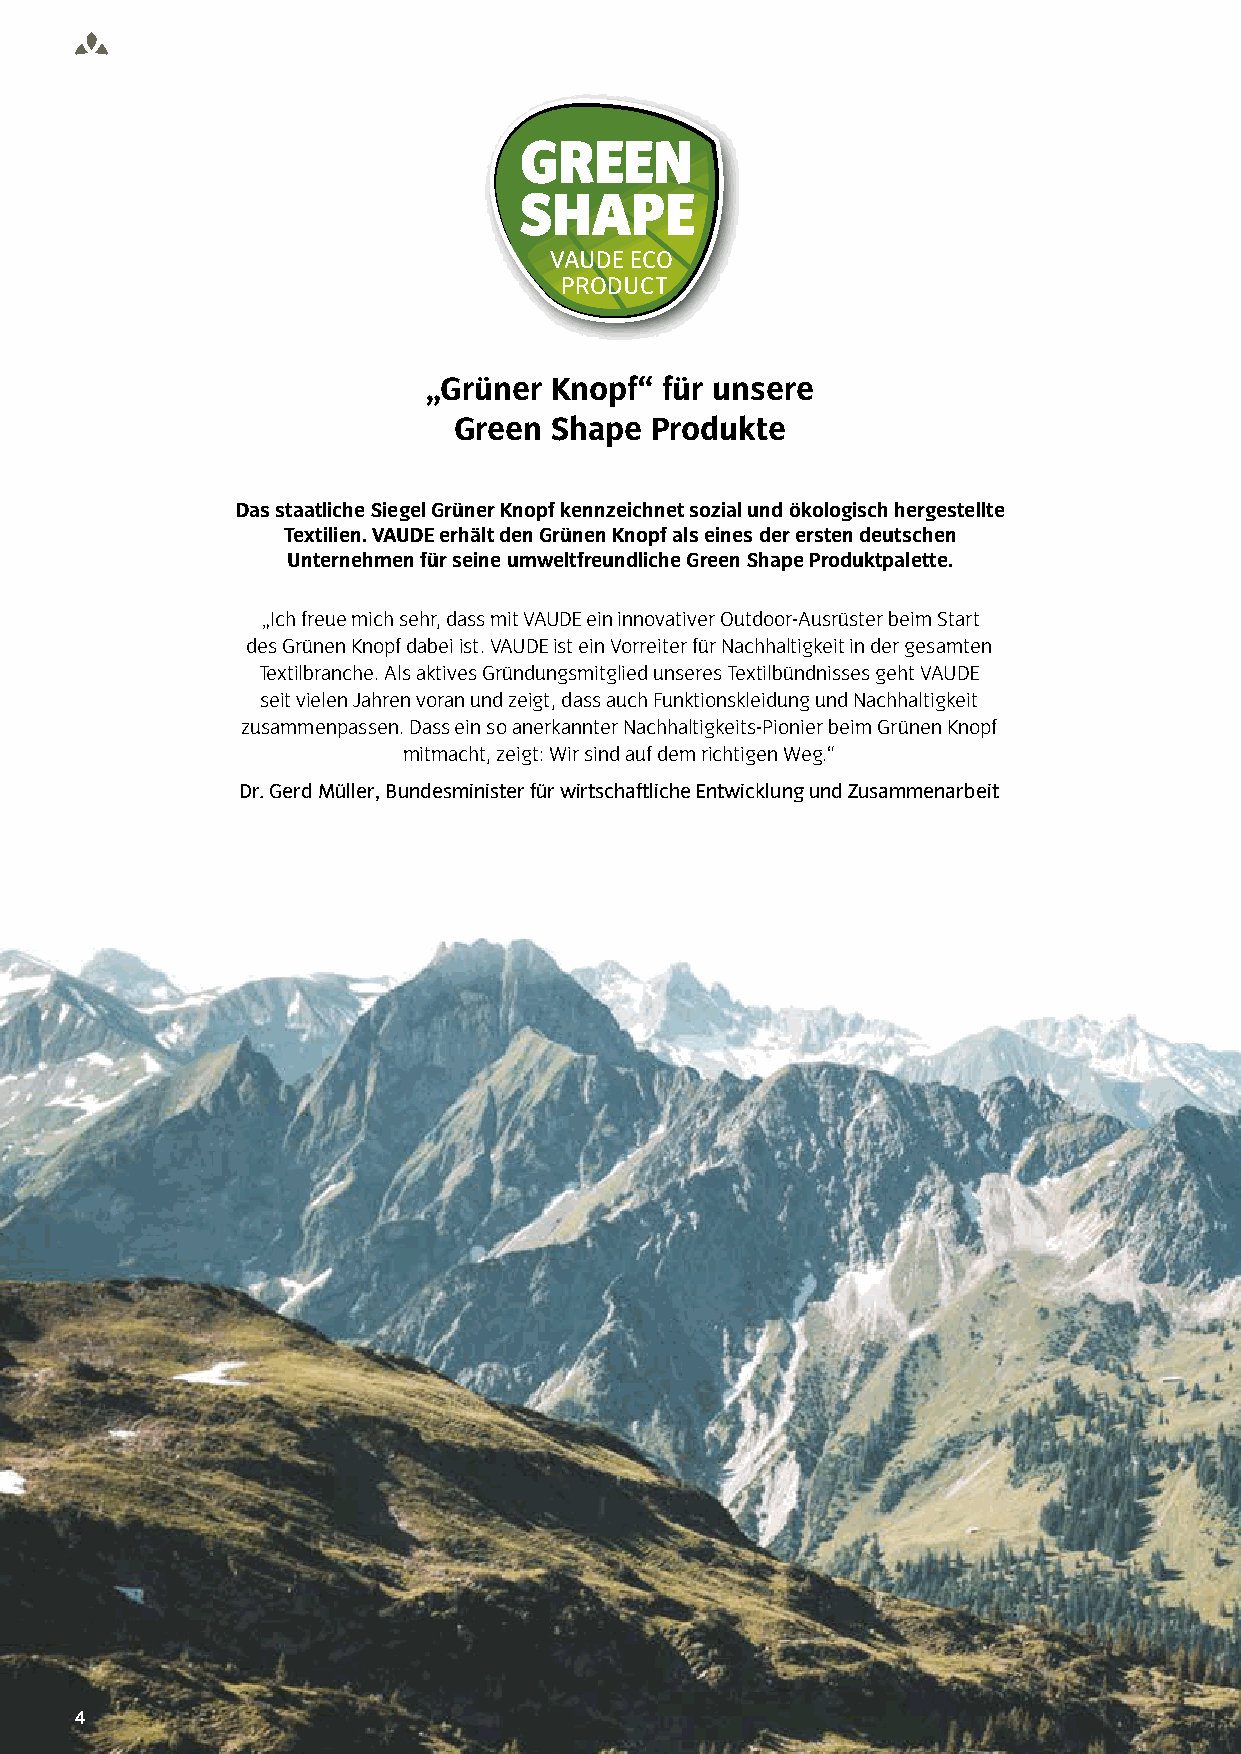
VAUDE ECO
 PRODUCT
 „Grüner  Knopf“ für unsere
 Green Shape  Produkte
 Das staatliche Siegel Grüner Knopf kennzeichnet sozial und ökologisch hergestellte
 Textilien. VAUDE erhält den Grünen Knopf als eines der ersten deutschen
 Unternehmen für seine umweltfreundliche Green Shape Produktpalette.
 „Ich freue mich sehr, dass mit VAUDE ein innovativer Outdoor-Ausrüster beim Start
 des Grünen Knopf dabei ist. VAUDE ist ein Vorreiter für Nachhaltigkeit in der gesamten
 Textilbranche. Als aktives Gründungsmitglied unseres Textilbündnisses geht VAUDE
 seit vielen Jahren voran und zeigt, dass auch Funktionskleidung und Nachhaltigkeit
 zusammenpassen. Dass ein so anerkannter Nachhaltigkeits-Pionier beim Grünen Knopf
 mitmacht, zeigt: Wir sind auf dem richtigen Weg.“
 Dr. Gerd Müller, Bundesminister für wirtschaftliche Entwicklung und Zusammenarbeit
 44